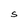
Character: S